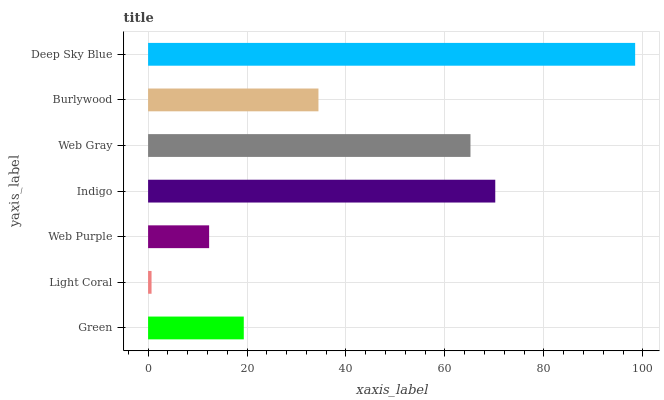
| yaxis_label | bars |
 | --- | --- |
 | Green | 19.3 |
 | Light Coral | 0.699 |
 | Web Purple | 12.3 |
 | Indigo | 70.2 |
 | Web Gray | 65.2 |
 | Burlywood | 34.4 |
 | Deep Sky Blue | 98.5 |